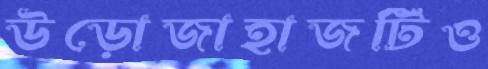
উড়োজাহাজটিও